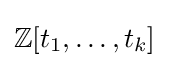
\mathbb {Z} [t_{1},\ldots ,t_{k}]